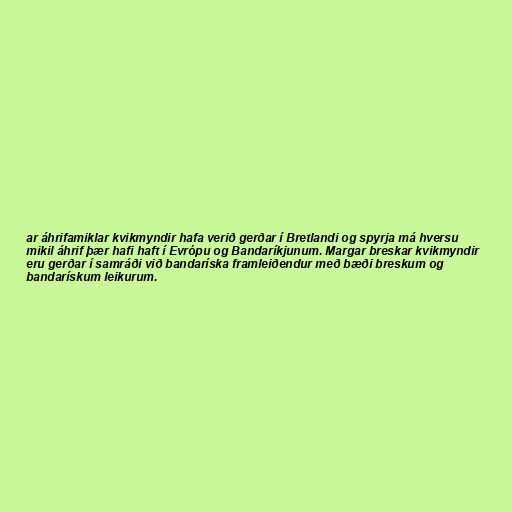
ar áhrifamiklar kvikmyndir hafa verið gerðar í Bretlandi og spyrja má hversu
mikil áhrif þær hafi haft í Evrópu og Bandaríkjunum. Margar breskar kvikmyndir
eru gerðar í samráði við bandaríska framleiðendur með bæði breskum og
bandarískum leikurum.